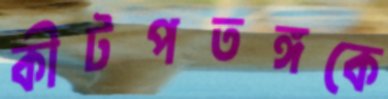
কীটপতঙ্গকে